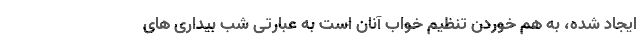
ایجاد شده، به هم خوردن تنظیم خواب آنان است به عبارتی شب بیداری های